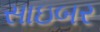
સાઇબર